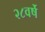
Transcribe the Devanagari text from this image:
२८वर्षे